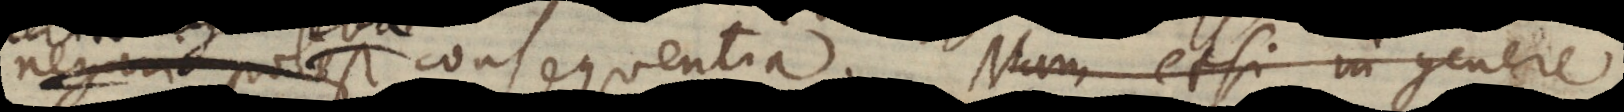
negari potest consequentia. Nam etsi in genere